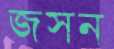
জসন